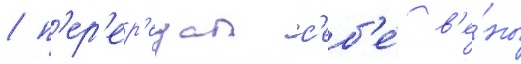
/ п'ер'ер'езал с'еб'е́ в'е́ны